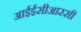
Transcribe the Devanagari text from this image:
आईईसीआरसी